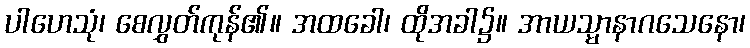
ပါဟေသုံ၊ စေလွှတ်ကုန်၏။ အထခေါ၊ ထိုအခါ၌။ အာယသ္မာနာဂသေနော၊